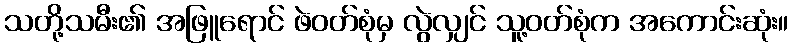
သတို့သမီး၏ အဖြူရောင် ဖဲဝတ်စုံမှ လွဲလျှင် သူ့ဝတ်စုံက အကောင်းဆုံး။